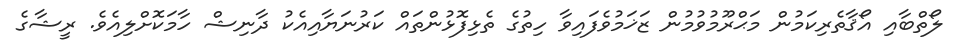
ލޯތްބާއި އޯޤާތެރިކަމުން މަޙްރޫމުވުމުން ޒަޚަމުވެފައިވާ ހިތުގެ ތެޅިފޮޅުންތައް ކަރުނަޔާއިއެކު ދާނިޝް ހާމަކޮށްލިއެވެ. ރީޝާގެ